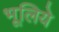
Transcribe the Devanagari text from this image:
भूलिये